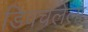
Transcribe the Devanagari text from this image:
डिवचलेला